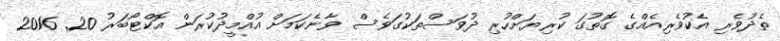
ތެދުވެރި އެކުވެރިއެއްގެ ގޮތުގަ ކުރިޔަށްހުރި ދުވަސްތަކުގަވެސް ވާނެކަމަށް އުއްމީދުކުރަން އޮކްޓޯބަރު 20